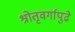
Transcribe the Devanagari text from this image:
श्रोतृवर्गापुढे